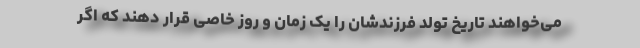
می‌خواهند تاریخ تولد فرزندشان را یک زمان و روز خاصی قرار دهند که اگر